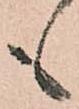
も